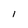
Character: 1